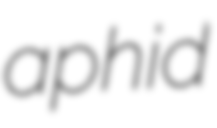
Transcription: aphid